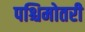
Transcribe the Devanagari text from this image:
पश्चिमोतरी